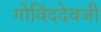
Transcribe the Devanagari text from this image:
गोविंददेवजी